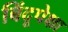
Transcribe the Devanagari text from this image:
बिंदूपेक्षा